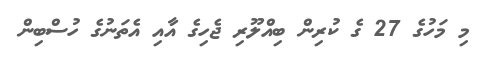
މި މަހުގެ 27 ގެ ކުރިން ބިއްލޫރި ޖެހިގެ އާއި އެތަނުގެ ހުސްބިން